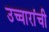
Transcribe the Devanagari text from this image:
उच्चारांची